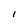
Character: I